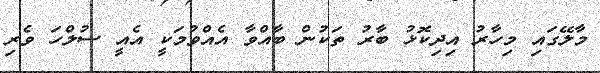
މާލޭގައި މިހާރު އިދިކޮޅު ބާރު ތަކުން ބާއްވާ އެއްވުމަކީ އެއީ ސުލްހަ ވެރި